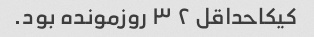
کیکا‌حداقل ۲ ۳ روز‌مونده بود.